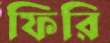
ফিরি